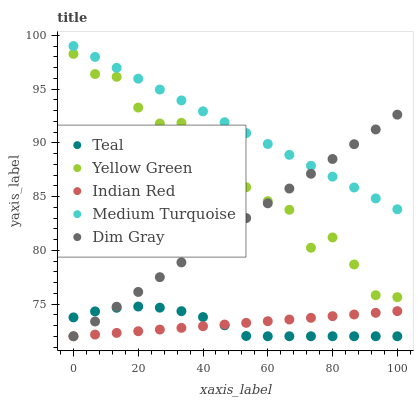
| xaxis_label | Teal | Yellow Green | Indian Red | Medium Turquoise | Dim Gray |
 | --- | --- | --- | --- | --- | --- |
 | 0 | 73.8 | 98.3 | 72 | 99 | 72 |
 | 6.67 | 74.3 | 96.4 | 72.2 | 98 | 73.4 |
 | 13.3 | 74.6 | 96.1 | 72.3 | 97 | 74.7 |
 | 20 | 74.8 | 93.3 | 72.5 | 96 | 76.1 |
 | 26.7 | 74.7 | 91.8 | 72.6 | 94.9 | 77.5 |
 | 33.3 | 74.3 | 91.9 | 72.8 | 93.9 | 78.9 |
 | 40 | 73.8 | 89.3 | 72.9 | 92.9 | 80.2 |
 | 46.7 | 73 | 88.9 | 73.1 | 91.9 | 81.6 |
 | 53.3 | 72 | 85.9 | 73.2 | 90.9 | 83 |
 | 60 | 72 | 84.6 | 73.4 | 89.9 | 84.4 |
 | 66.7 | 72 | 83.8 | 73.6 | 88.9 | 85.7 |
 | 73.3 | 72 | 80.2 | 73.7 | 87.9 | 87.1 |
 | 80 | 72 | 81.2 | 73.9 | 86.8 | 88.5 |
 | 86.7 | 72 | 78.7 | 74 | 85.8 | 89.9 |
 | 93.3 | 72 | 75.8 | 74.2 | 84.8 | 91.2 |
 | 100 | 72 | 75.6 | 74.3 | 83.8 | 92.6 |